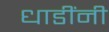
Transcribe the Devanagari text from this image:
धाडींनी